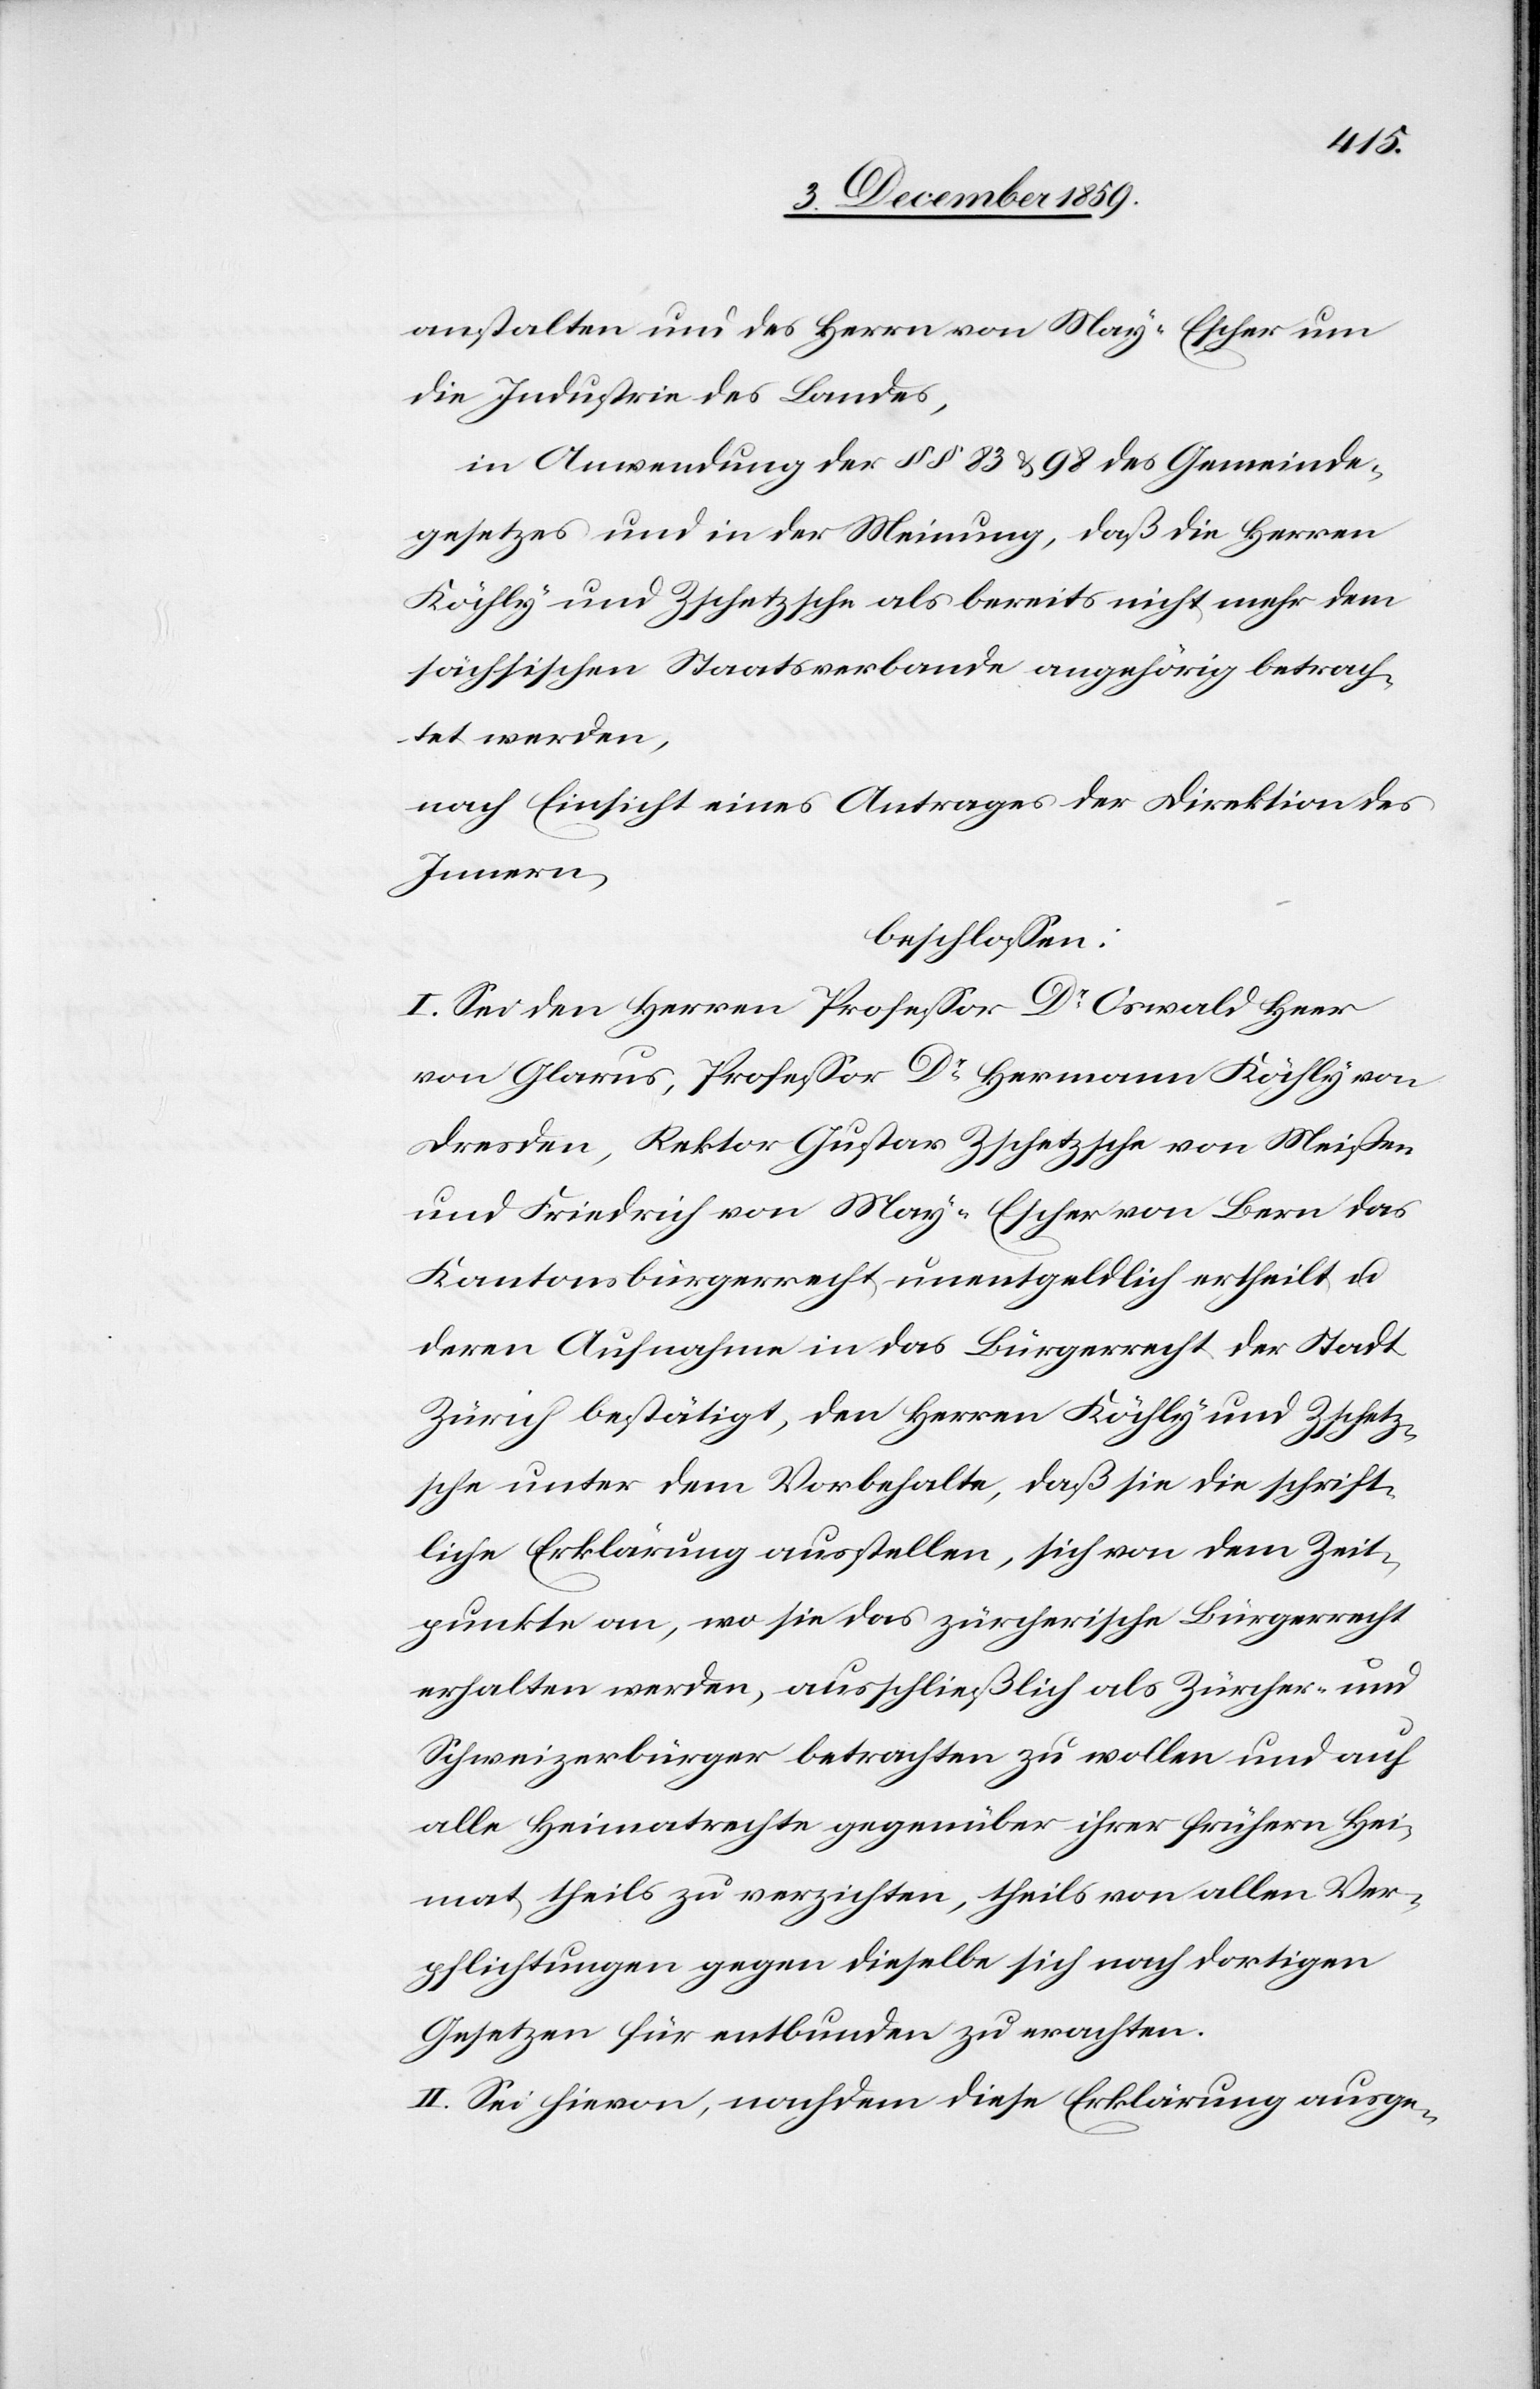
anstalten und des Herrn von May-Escher um
die Industrie des Landes,
in Anwendung der §§ 83 & 98 des Gemeinde¬
gesetzes und in der Meinung, daß die Herren
Köchly und Zschetzsche als bereits nicht mehr dem
sächsischen Staatsverbande angehörig betrach¬
tet werden,
nach Einsicht eines Antrages der Direktion des
Innern,
beschlossen:
I. Sei den Herren Professor Dr Oswald Heer
von Glarus, Professor Dr Hermann Köchly von
Dresden, Rektor Gustav Zschetzsche von Meißen
und Friedrich von May-Escher von Bern das
Kantonsbürgerrecht unentgeldlich ertheilt u.
deren Aufnahme in das Bürgerrecht der Stadt
Zürich bestätigt, den Herrn Köchly und Zschetz¬
sche unter dem Vorbehalte, daß sie die schrift¬
liche Erklärung ausstellen, sich von dem Zeit¬
punkte an, wo sie das zürcherische Bürgerrecht
erhalten werden, ausschließlich als Zürcher- und
Schweizerbürger betrachten zu wollen und auf
alle Heimatrechte gegenüber ihrer frühern Hei¬
mat theils zu verzichten, theils von allen Ver¬
pflichtungen gegen dieselbe sich nach dortigen
Gesetzen für entbunden zu erachten.
II. Sei hievon, nachdem diese Erklärung ausge-